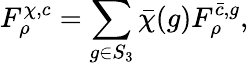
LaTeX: F_{\rho}^{\chi,c}=\sum_{g\in S_{3}}\bar{\chi}(g)F_{\rho}^{\bar{c},g},